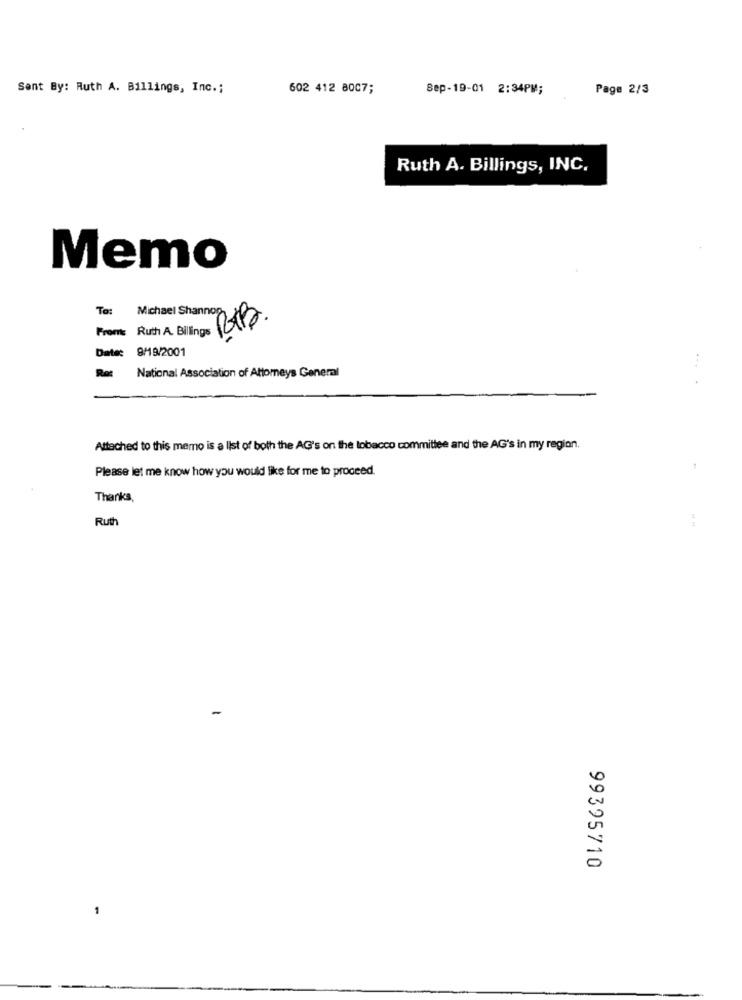
Sent By: Ruth A. Billings, Inc .;
602 412 8007;
Sep-19-01 2:34PM;
Page 2/3
Ruth A. Billings, INC.
Memo
To:
Michael Shannon
Ruth A. Blings ROB
From:
Date: 9/19/2001
National Association of Attorneys General
Attached to this memo is a list of both the AG's on the tobacco committee and the AG's in my region.
Please let me know how you would like for me to proceed.
Thanks,
Ruth
99395710